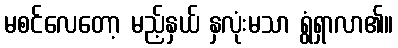
မစင်လေတော့ မည့်နှယ် နှလုံးမသာ ရွံရှာလာ၏။